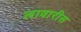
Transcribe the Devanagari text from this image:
लावारीस